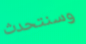
وسنتحدث